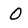
Character: o